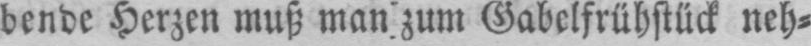
bende Herzen muß man zum Gabelfrühstück neh⸗